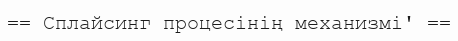
== Сплайсинг процесінің механизмі' ==